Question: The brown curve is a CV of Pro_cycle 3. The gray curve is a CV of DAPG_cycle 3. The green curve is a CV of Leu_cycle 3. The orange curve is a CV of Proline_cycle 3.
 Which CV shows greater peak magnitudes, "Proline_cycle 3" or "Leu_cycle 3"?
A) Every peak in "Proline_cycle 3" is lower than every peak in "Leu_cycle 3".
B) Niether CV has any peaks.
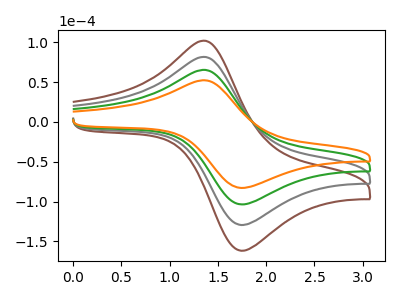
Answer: <think>The brown curve "Pro_cycle 3" has an anodic peak at (1.35V, 195.65uA) and a cathodic peak at (1.75V, -310.70uA). The gray curve "DAPG_cycle 3" has an anodic peak at (1.35V, 130.45uA) and a cathodic peak at (1.75V, -207.10uA). The green curve "Leu_cycle 3" has an anodic peak at (1.35V, 65.20uA) and a cathodic peak at (1.75V, -103.55uA). The orange curve "Proline_cycle 3" has an anodic peak at (1.35V, 52.20uA) and a cathodic peak at (1.75V, -82.90uA).</think>
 <answer>A) Every peak in "Proline_cycle 3" is lower than every peak in "Leu_cycle 3".</answer>
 <eval>A</eval>